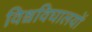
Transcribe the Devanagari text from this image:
विश्वविघालयों